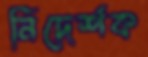
নিদের্শক